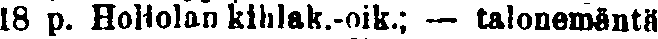
18 p. Hollolan kihlak.-oik.; — talonemäntä